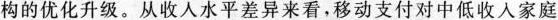
构的优化升级。从收人水平差异来看，移动支付对中低收人家庭